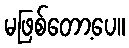
မဖြစ်တော့ပေ။